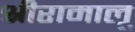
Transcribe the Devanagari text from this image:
श्रीरामालू